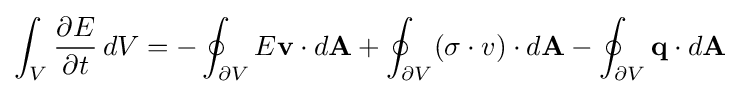
\int _{V}{\frac {\partial E}{\partial t}}\,dV=-\oint _{\partial V}E{\mathbf {v} }\cdot d{\mathbf {A} }+\oint _{\partial V}({\mathbf {\sigma } \cdot v})\cdot d{\mathbf {A} }-\oint _{\partial V}{\mathbf {q} }\cdot d{\mathbf {A} }